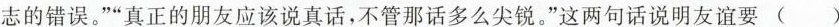
志的错误。””真正的朋友应该说真话，不管那话多么尖锐。”这两句话说明友谊要( )